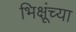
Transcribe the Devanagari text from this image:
भिक्षूंच्या